Vaccination North-Western Provinces and Oudh 1896-1901 - 1896-1901
Year: 1896
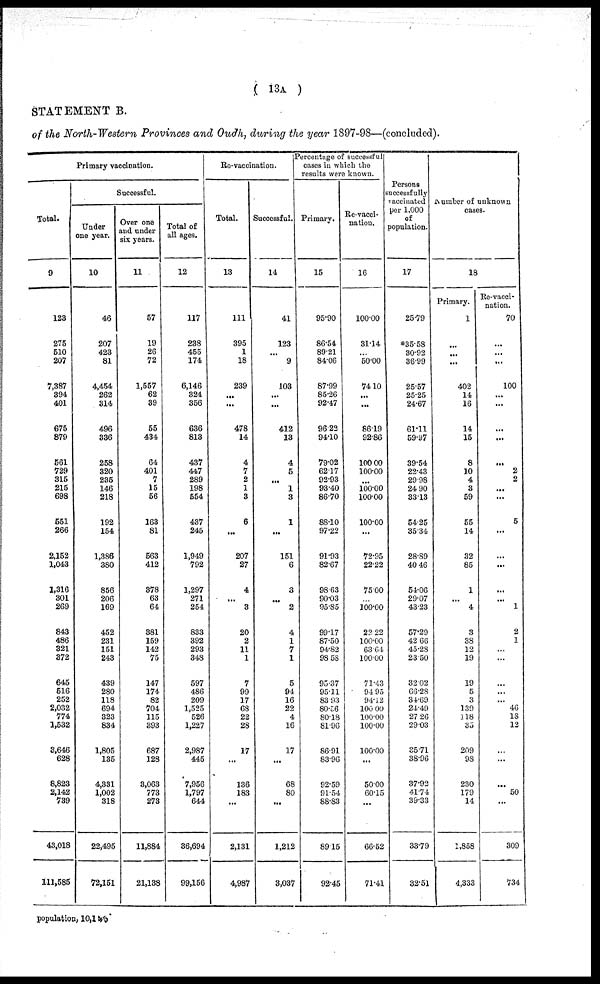
( 13A )
STATEMENT B.
of the North-Western Provinces and Oudh, during the year 1897-98—(concluded).
Primary vaccination.
Total.
9
123
275
510
207
7,387
394
401
675
879
561
729
315
215
698
551
266
2,152
1,043
1,316
301
269
843
486
321
372
645
516
252
2,032
774
1,532
3,646
628
8,823
2,142
739
43,018
111,585
Successful.
Under
one year.
10
46
207
423
81
4,454
262
314
496
336
258
320
235
146
218
192
154
1,386
380
856
206
169
452
231
151
243
439
280
118
694
323
834
1,805
135
4,331
1,002
318
22,495
72,151
Over one
and under
six years.
11
57
19
26
72
1,557
62
39
55
434
64
401
7
15
56
163
81
563
412
378
63
64
381
159
142
75
147
174
82
704
115
393
687
128
3,063
773
273
11,884
21,138
Total of
all ages.
12
117
238
455
174
6,146
324
356
636
813
437
447
289
198
554
437
245
1,949
792
1,297
271
254
833
392
293
348
597
486
209
1,525
526
1,227
2,987
445
7,956
1,797
644
36,694
99,156
Re-vaccination.
Total.
13
111
395
1
18
239
...
...
478
14
4
7
2
1
3
6
...
207
27
4
...
3
20
2
11
1
7
99
17
68
22
28
17
...
136
183
...
2,131
4,987
Successful.
14
41
123
...
9
103
...
...
412
13
4
5
...
1
3
1
...
151
6
3
...
2
4
1
7
1
5
94
16
22
4
16
17
...
68
80
...
1,212
3,037
Percentage of successful
cases in which the
results were known.
Primary.
15
95.90
86.54
89.21
84.06
87.99
85.26
92.47
96.22
94.10
79.02
62.17
92.93
93.40
86.70
88.10
97.22
91.93
82.67
98.63
90.03
95.85
99.17
87.50
94.82
98.58
95.37
95.11
83.93
80.56
80.18
81.96
86.91
83.96
92.59
91.54
88.83
89.15
92.45
Re-vacci-
nation.
16
100.00
31.14
...
50.00
74.10
...
...
86.19
92.86
100.00
100.00
...
100.00
100.00
100.00
...
72.95
22.22
75.00
...
100.00
22.22
100.00
63.61
100.00
71.43
94.95
94.12
100.00
100.00
100.00
100.00
...
50.00
60.15
...
66.52
71.41
Persons
successfully
vaccinated
per 1,000
of
population.
17
25.79
*35.58
30.92
36.99
25.57
25.25
24.67
61.11
59.97
39.54
22.43
29.98
24.90
33.13
54.25
35.34
28.89
40.46
54.06
29.07
43.23
57.29
42.66
45.28
23.50
32.02
66.28
34.69
24.49
27.26
29.03
35.71
38.96
37.92
41.74
39.33
33.79
32.51
Number of unknown
cases.
18
Primary.
1
...
...
...
402
14
16
14
15
8
10
4
3
59
55
14
32
85
1
...
4
3
38
12
19
19
5
3
339
118
35
209
98
230
179
14
1,858
4,333
Re-vacci-
nation.
70
...
...
...
100
...
...
...
...
...
2
2
...
...
5
...
...
...
...
...
1
2
1
...
...
...
...
...
46
18
12
...
...
...
50
...
309
734
population, 10,145.